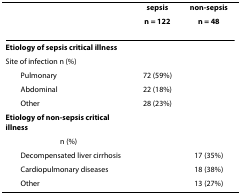
|  | sepsis | non-sepsis |
 |  | n = 122 | n = 48 |
 | --- | --- | --- |
 | Etiology of sepsis critical illness |  |  |
 | Site of infection n (%) |  |  |
 | Pulmonary | 72 (59%) |  |
 | Abdominal | 22 (18%) |  |
 | Other | 28 (23%) |  |
 | Etiology of non-sepsis critical illness |  |  |
 | n (%) |  |  |
 | Decompensated liver cirrhosis |  | 17 (35%) |
 | Cardiopulmonary diseases |  | 18 (38%) |
 | Other |  | 13 (27%) |